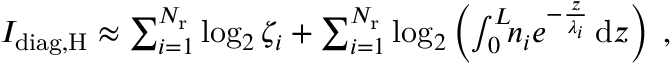
\begin{array} { r } { I _ { \mathrm { d i a g , H } } \approx \sum _ { i = 1 } ^ { { N _ { \mathrm { r } } } } \log _ { 2 } \zeta _ { i } + \sum _ { i = 1 } ^ { { N _ { \mathrm { r } } } } \log _ { 2 } \left( \int _ { 0 } ^ { L } \! \! n _ { i } e ^ { - \frac { z } { \lambda _ { i } } } \, \mathrm { d } z \right) \; , } \end{array}